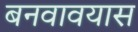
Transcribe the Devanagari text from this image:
बनवावयास